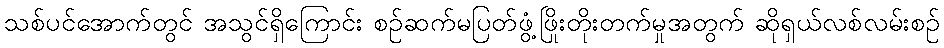
သစ်ပင်အောက်တွင် အသွင်ရှိကြောင်း စဉ်ဆက်မပြတ်ဖွံ့ဖြိုးတိုးတက်မှုအတွက် ဆိုရှယ်လစ်လမ်းစဉ်